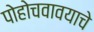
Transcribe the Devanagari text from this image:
पोहोचवावयाचे